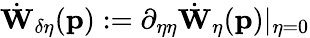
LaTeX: \dot{\mathbf{W}}_{\delta\eta}(\mathbf{p}):=\partial_{\eta\eta}\dot{\mathbf{W}}_{\eta}(\mathbf{p})\vert_{\eta=0}